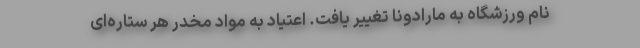
نام ورزشگاه به مارادونا تغییر یافت. اعتیاد به مواد مخدر هر ستاره‌ای